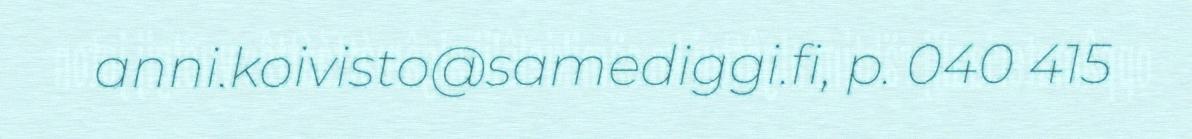
anni.koivisto@samediggi.fi, p. 040 415